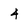
Character: 4